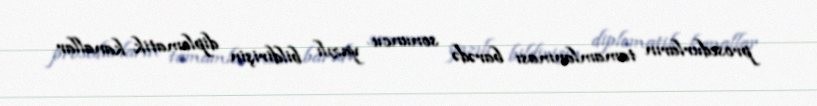
prosedurların tamamlanması barədə sonuncu yazılı bildirişin diplomatik kanallar